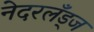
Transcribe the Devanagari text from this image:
नेदरलँड्ज